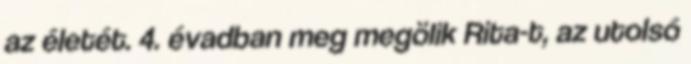
az életét. 4. évadban meg megölik Rita-t, az utolsó